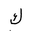
Letter: _kaf